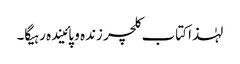
لہٰذا کتاب کلچر زندہ و پائیندہ رہیگا۔